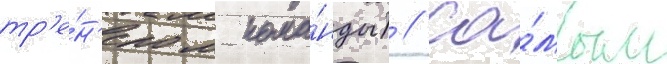
тр'е́н'ером кома́нды) // Са́мым